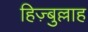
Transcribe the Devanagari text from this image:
हिज़्बुल्लाह